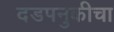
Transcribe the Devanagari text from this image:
दडपनुकीचा